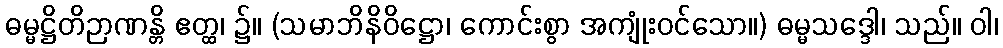
ဓမ္မဋ္ဌိတိဉာဏန္တိ ဧတ္ထ၊ ၌။ (သမာဘိနိဝိဋ္ဌော၊ ကောင်းစွာ အကျုံးဝင်သော။) ဓမ္မသဒ္ဒေါ၊ သည်။ ဝါ၊